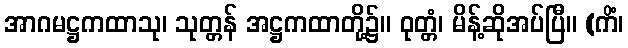
အာဂမဋ္ဌကထာသု၊ သုတ္တန် အဋ္ဌကထာတို့၌။ ဝုတ္တံ၊ မိန့်ဆိုအပ်ပြီ။ (ကိံ၊